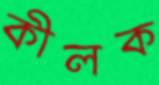
কীলক